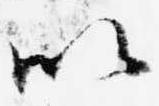
以